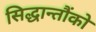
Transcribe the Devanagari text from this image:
सिद्धान्तौंको